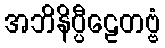
အဘိနိပ္ပီဠေတဗ္ဗံ